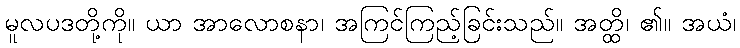
မူလပဒတို့ကို။ ယာ အာလောစနာ၊ အကြင်ကြည့်ခြင်းသည်။ အတ္ထိ၊ ၏။ အယံ၊